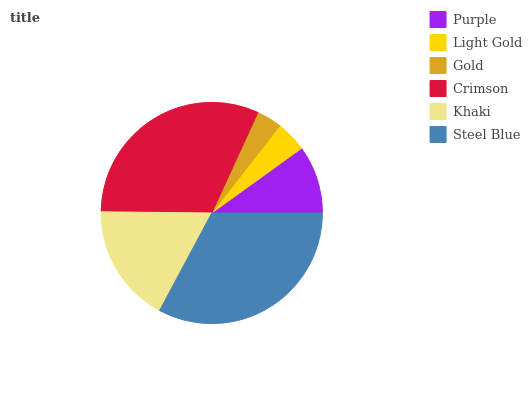
| Purple | Light Gold | Gold | Crimson | Khaki | Steel Blue |
 | --- | --- | --- | --- | --- | --- |
 | 9.94% | 4.52% | 3.69% | 31.7% | 17.4% | 32.8% |